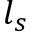
l _ { s }